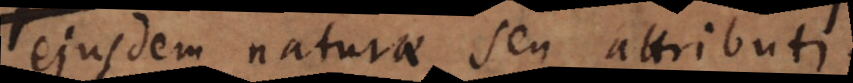
ejusdem naturae seu attributi.